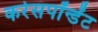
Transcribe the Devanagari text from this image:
करेसपॉन्डेंट